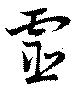
靈